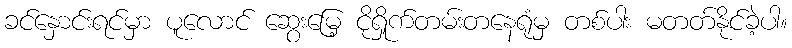
ခင်နှောင်းရင်မှာ ပူလောင် ဆွေးမြေ့ ငိုရှိုက်တမ်းတနေရုံမှ တစ်ပါး မတတ်နိုင်ခဲ့ပါ။